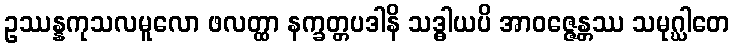
ဥဿန္နကုသလမူလော ဖလတ္ထာ နက္ခတ္တပဒါနိ သဒ္ဓါယပိ အာဝဇ္ဇေန္တဿ သမုဂ္ဃါတေ